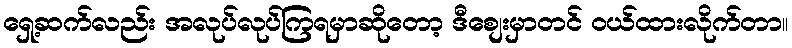
ရှေ့ဆက်လည်း အလုပ်လုပ်ကြရမှာဆိုတော့ ဒီစျေးမှာတင် ဝယ်ထားလိုက်တာ။